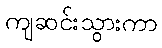
ကျဆင်းသွားကာ